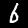
Label: 6